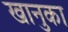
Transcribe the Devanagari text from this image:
खानुका